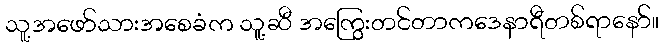
သူ့အဖော်သားအစေခံက သူ့ဆီ အကြွေးတင်တာကဒေနာရီတစ်ရာနော်။